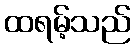
ထရမ့်သည်